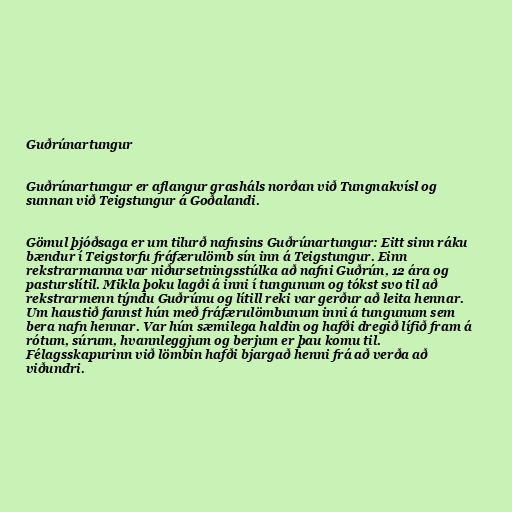
Guðrúnartungur

Guðrúnartungur er aflangur grasháls norðan við Tungnakvísl og
sunnan við Teigstungur á Goðalandi.

Gömul þjóðsaga er um tilurð nafnsins Guðrúnartungur: Eitt sinn ráku
bændur í Teigstorfu fráfærulömb sín inn á Teigstungur. Einn
rekstrarmanna var niðursetningsstúlka að nafni Guðrún, 12 ára og
pasturslítil. Mikla þoku lagði á inni í tungunum og tókst svo til að
rekstrarmenn týndu Guðrúnu og lítill reki var gerður að leita hennar.
Um haustið fannst hún með fráfærulömbunum inni á tungunum sem
bera nafn hennar. Var hún sæmilega haldin og hafði dregið lífið fram á
rótum, súrum, hvannleggjum og berjum er þau komu til.
Félagsskapurinn við lömbin hafði bjargað henni frá að verða að
viðundri.